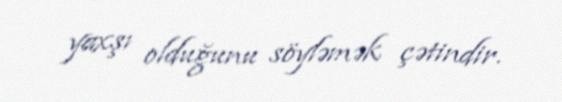
yaxşı olduğunu söyləmək çətindir.